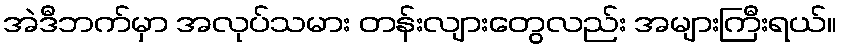
အဲဒီဘက်မှာ အလုပ်သမား တန်းလျားတွေလည်း အများကြီးရယ်။